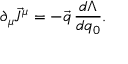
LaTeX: \partial _ { \mu } \vec { J } ^ { \mu } = - \vec { q } \, \frac { d \Lambda } { d q _ { 0 } } .